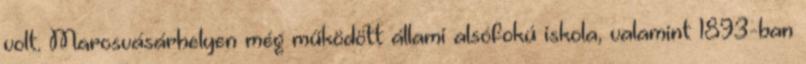
volt. Marosvásárhelyen még működött állami alsófokú iskola, valamint 1893-ban